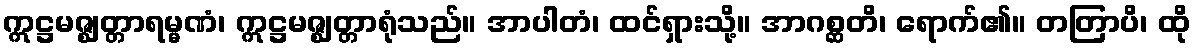
ဣဋ္ဌမဇ္ဈတ္တာရမ္မဏံ၊ ဣဋ္ဌမဇ္ဈတ္တာရုံသည်။ အာပါတံ၊ ထင်ရှားသို့။ အာဂစ္ဆတိ၊ ရောက်၏။ တတြာပိ၊ ထို